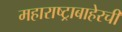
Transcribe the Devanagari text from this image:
महाराष्ट्राबाहेरची